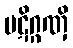
ပဋိဂ္ဂဏှိ